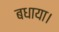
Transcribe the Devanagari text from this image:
बधाया।